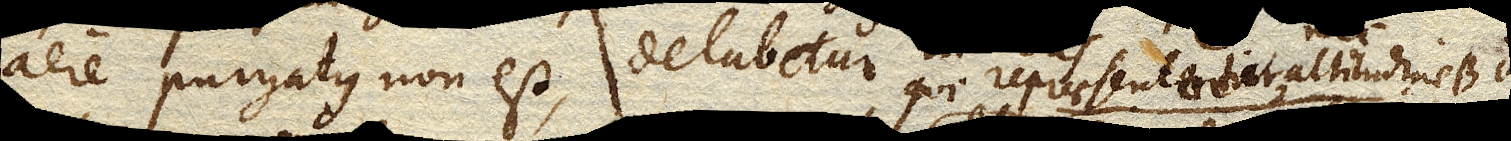
aere purgatus non est, delabetur qui repraesententur altitudine BD.